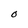
Character: o